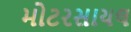
મોટરસાયલ